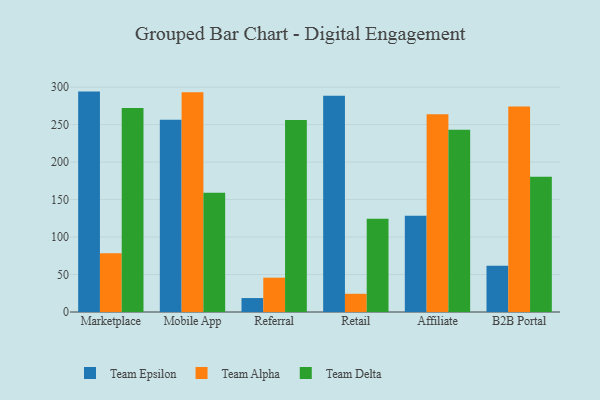
{"axis": {"x": "Channel", "y": "Revenue (USD Million)"}, "legend": ["Team Alpha", "Team Delta", "Team Epsilon"], "data": [{"x": "Marketplace", "y": 294.0, "type": "Team Epsilon"}, {"x": "Marketplace", "y": 78.5, "type": "Team Alpha"}, {"x": "Marketplace", "y": 272.1, "type": "Team Delta"}, {"x": "Mobile App", "y": 256.4, "type": "Team Epsilon"}, {"x": "Mobile App", "y": 293.1, "type": "Team Alpha"}, {"x": "Mobile App", "y": 159.2, "type": "Team Delta"}, {"x": "Referral", "y": 18.6, "type": "Team Epsilon"}, {"x": "Referral", "y": 45.8, "type": "Team Alpha"}, {"x": "Referral", "y": 256.0, "type": "Team Delta"}, {"x": "Retail", "y": 288.6, "type": "Team Epsilon"}, {"x": "Retail", "y": 24.3, "type": "Team Alpha"}, {"x": "Retail", "y": 124.4, "type": "Team Delta"}, {"x": "Affiliate", "y": 128.3, "type": "Team Epsilon"}, {"x": "Affiliate", "y": 263.9, "type": "Team Alpha"}, {"x": "Affiliate", "y": 243.0, "type": "Team Delta"}, {"x": "B2B Portal", "y": 61.6, "type": "Team Epsilon"}, {"x": "B2B Portal", "y": 274.2, "type": "Team Alpha"}, {"x": "B2B Portal", "y": 180.3, "type": "Team Delta"}]}